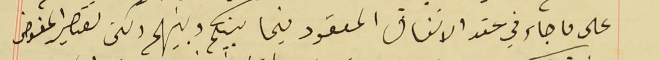
على ما جاء في عقد الاتفاق المعقود فيما بينكم وبينهم ولكن تقصير المفوض